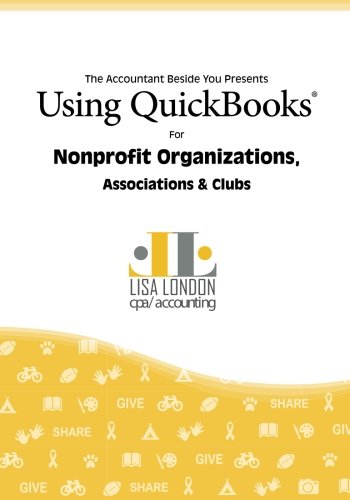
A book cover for Using QuickBooks for Nonprofit Organizations, Associations and Clubs (The Accountant Beside You); Lisa London; Computers & Technology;